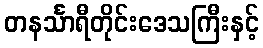
တနင်္သာရီတိုင်းဒေသကြီးနှင့်